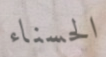
الحسناء